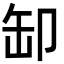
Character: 缷